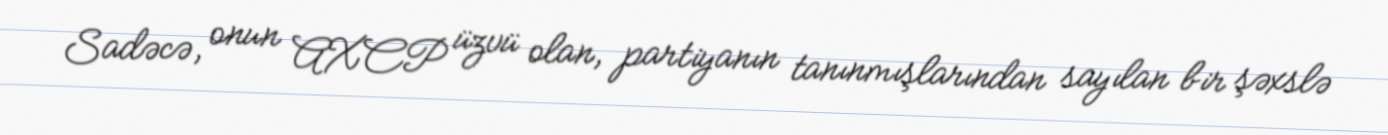
Sadəcə, onun AXCP üzvü olan, partiyanın tanınmışlarından sayılan bir şəxslə